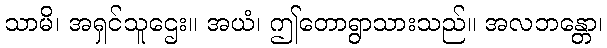
သာမိ၊ အရှင်သူဌေး။ အယံ၊ ဤတောရွာသားသည်။ အလဘန္တော၊